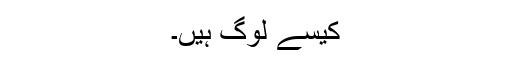
کیسے لوگ ہیں۔